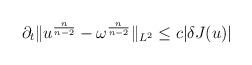
LaTeX: \begin{align*}\partial_{t}\Vert u^{\frac{n}{n-2}}-\omega^{\frac{n}{n-2}}\Vert_{L^{2}}\leq c\vert \delta J(u)\vert \end{align*}